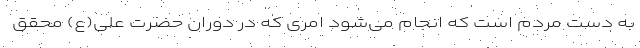
به دست مردم است که انجام می‌شود امری که در دوران حضرت علی(ع) محقق